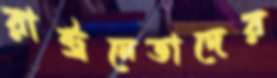
রাষ্ট্রনেতাদের